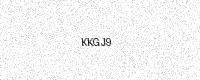
Text: KKGJ9